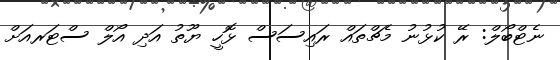
ނެޓްބޯލް: ރޭ ކުޅުނު މެޗްތައް ރައިސަސް ޅޮހީ ޔޫތު އަދި އޯލް ސްޓަރއަށް